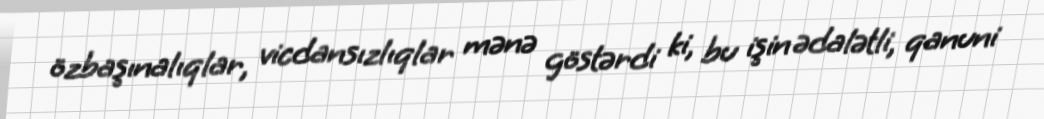
özbaşınalıqlar, vicdansızlıqlar mənə göstərdi ki, bu işin ədalətli, qanuni